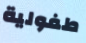
طفولية